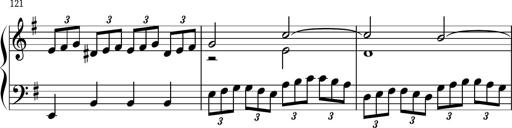
Title: Keyboard Sonatina in G
Composer: Michael Pogudin
Key: G major